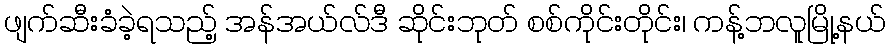
ဖျက်ဆီးခံခဲ့ရသည့် အန်အယ်လ်ဒီ ဆိုင်းဘုတ် စစ်ကိုင်းတိုင်း၊ ကန့်ဘလူမြို့နယ်